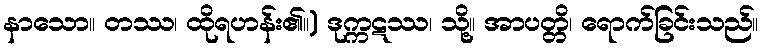
နာသော။ တဿ၊ ထိုရဟန်း၏။) ဒုက္ကဋဿ၊ သို့။ အာပတ္တိ၊ ရောက်ခြင်းသည်။